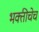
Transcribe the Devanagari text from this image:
भक्तीचेच